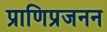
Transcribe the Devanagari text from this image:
प्राणिप्रजनन